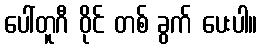
ပေါ်တူဂီ ဝိုင် တစ် ခွက် ပေးပါ။